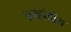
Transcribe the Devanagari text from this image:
ब्रम्हांडीय